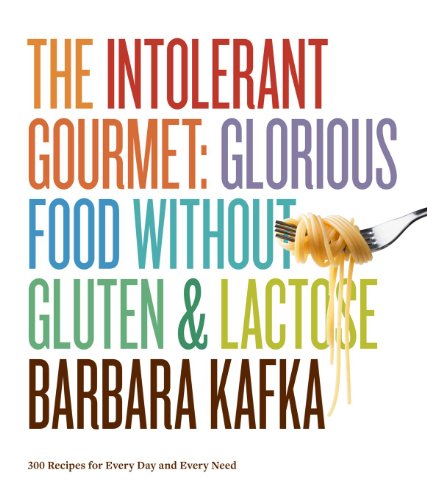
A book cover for The Intolerant Gourmet: Glorious Food without Gluten and Lactose; Barbara Kafka; Cookbooks, Food & Wine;